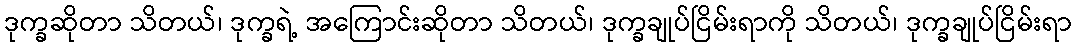
ဒုက္ခဆိုတာ သိတယ်၊ ဒုက္ခရဲ့ အကြောင်းဆိုတာ သိတယ်၊ ဒုက္ခချုပ်ငြိမ်းရာကို သိတယ်၊ ဒုက္ခချုပ်ငြိမ်းရာ